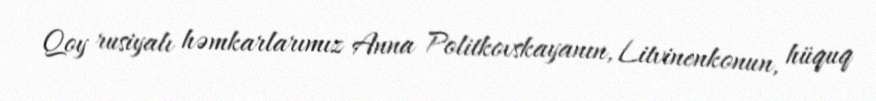
Qoy rusiyalı həmkarlarımız Anna Politkovskayanın, Litvinenkonun, hüquq